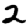
Digit: 2